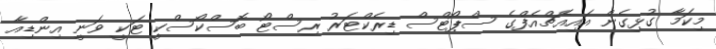
މިކަމާ ގުޅިގެން އައިއެޗްއެފްގެ ސްޕޯޓްސް ޑިރެކްޓަރު ރިސްޓޯ ބޮސްކޯސްކީ ޓަކީ ވަނީ އިންޑިއާ